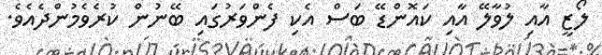
ލޯޒީ އާއި ލުވާލޭ އާއި ކައޮންޑޭ ބަސް އެކި ފެންވަރުގައި ބޭނުން ކުރެވެމުންދެއެވެ.